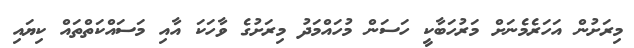
މިރަށުން އަހަރެމެނަށް މަރުހަބާކީ ހަސަން މުހައްމަދު މިރަށުގެ ވާހަކަ އާއި މަސައްކަތްތައް ކިޔައި